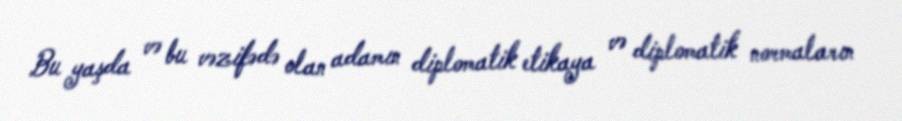
Bu yaşda və bu vəzifədə olan adamın diplomatik etikaya və diplomatik normaların